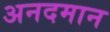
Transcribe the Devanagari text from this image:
अनदमान